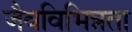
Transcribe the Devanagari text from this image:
जैवविभिन्नता